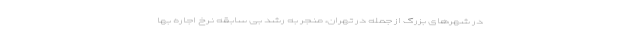
در شهرهای بزرگ از جمله در تهران، منجر به رشد بی سابقه نرخ اجاره بها